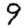
Digit: 9